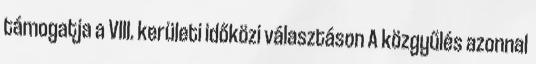
támogatja a VIII. kerületi időközi választáson A közgyűlés azonnal